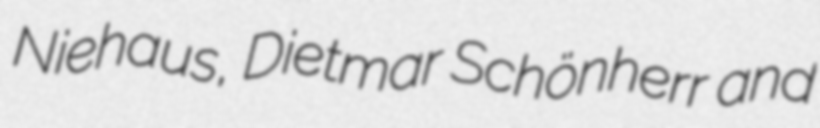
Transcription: Niehaus, Dietmar Schönherr and